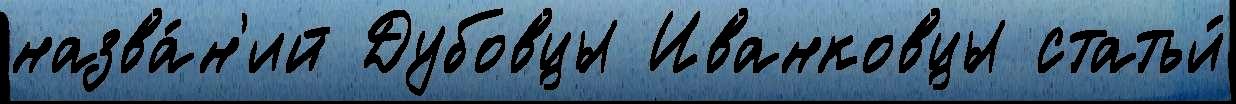
назва́н'ий Дубовцы Иванковцы статьи́